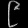
Digit: ၉